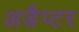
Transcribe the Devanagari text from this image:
अडैप्टर